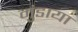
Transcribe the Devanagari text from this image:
मुंडाया